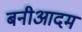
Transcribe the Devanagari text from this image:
बनीआदम